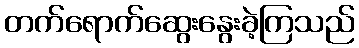
တက်ရောက်ဆွေးနွေးခဲ့ကြသည်